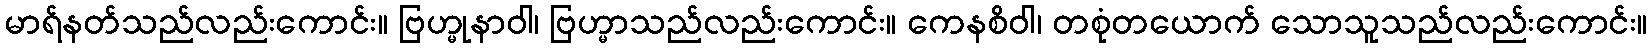
မာရ်နတ်သည်လည်းကောင်း။ ဗြဟ္မုနာဝါ၊ ဗြဟ္မာသည်လည်းကောင်း။ ကေနစိဝါ၊ တစုံတယောက် သောသူသည်လည်းကောင်း။